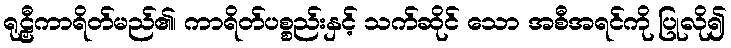
ရုဠှီကာရိတ်မည်၏၊ ကာရိတ်ပစ္စည်းနှင့် သက်ဆိုင် သော အစီအရင်ကို ပြုလို၍